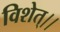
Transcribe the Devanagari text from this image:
विशेत्।।